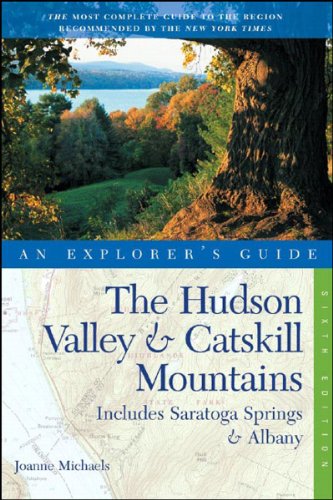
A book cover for The Hudson Valley & Catskill Mountains: An Explorer's Guide: Includes Saratoga Springs & Albany, Sixth Edition (Explorer's Guides); Joanne Michaels; Travel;